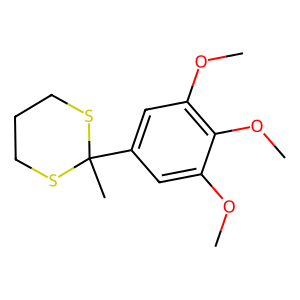
SMILES: COc1cc(C2(C)SCCCS2)cc(OC)c1OC
Inhibits HIV replication: No